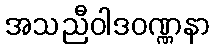
အသညီဝါဒဝဏ္ဏနာ